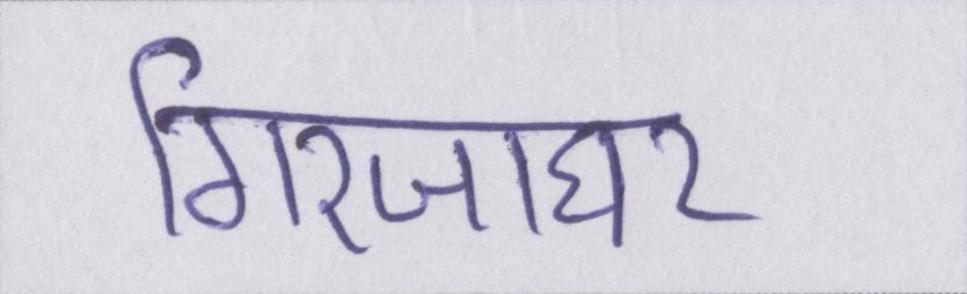
गिरजाघर